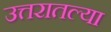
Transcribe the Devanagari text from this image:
उत्तरातल्या